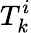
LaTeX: T_{k}^{i}